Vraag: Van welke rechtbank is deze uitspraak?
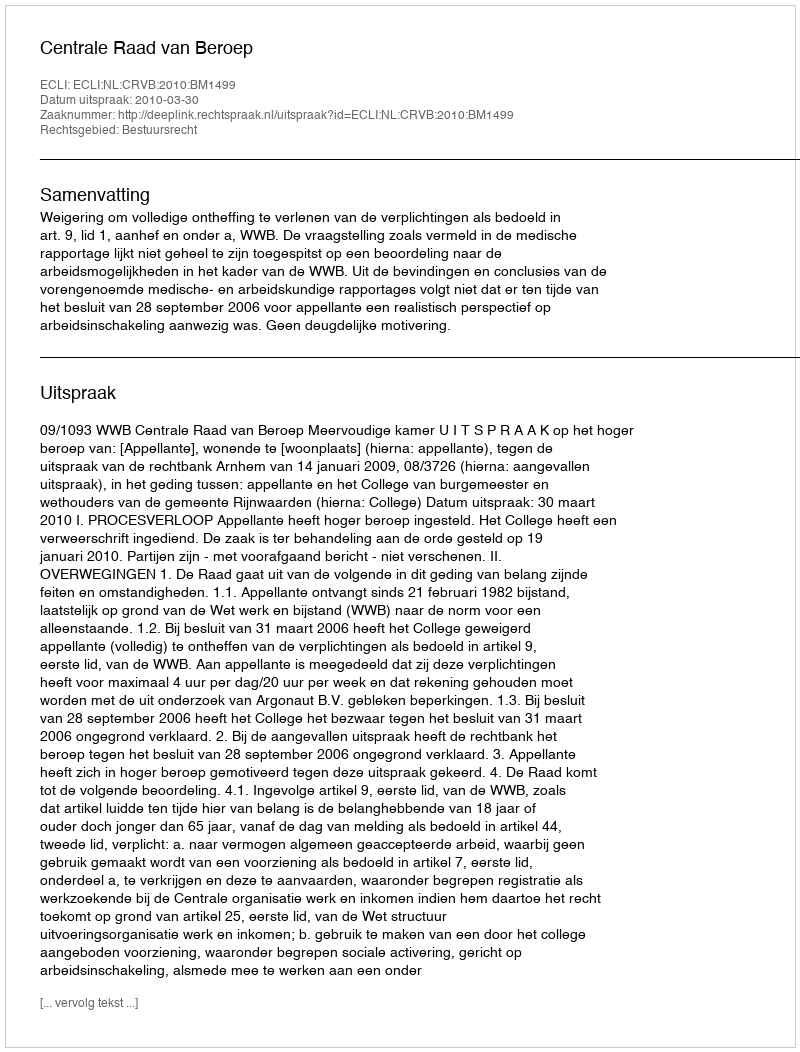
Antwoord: Centrale Raad van Beroep